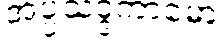
အပ္ပသဒ္ဒကာမော